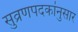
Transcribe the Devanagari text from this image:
सुव्रणपदकांनुसार